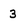
Character: 3